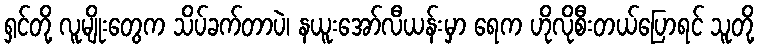
ရှင်တို့ လူမျိုးတွေက သိပ်ခက်တာပဲ၊ နယူးအော်လီယန်းမှာ ရေက ဟိုလိုစီးတယ်ပြောရင် သူတို့